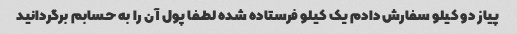
پیاز دو کیلو سفارش دادم یک کیلو فرستاده شده لطفا پول آن را به حسابم برگردانید